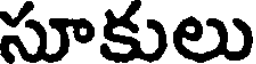
సూకులు